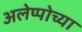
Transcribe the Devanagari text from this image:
अलेप्पोच्या